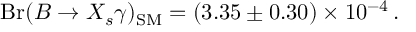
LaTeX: \mathrm { B r } ( B \to X _ { s } \gamma ) _ { \mathrm { S M } } = ( 3 . 3 5 \pm 0 . 3 0 ) \times 1 0 ^ { - 4 } \, .